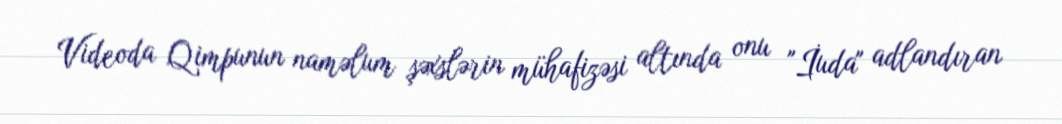
Videoda Qimpunun naməlum şəxslərin mühafizəsi altında onu "İuda" adlandıran